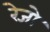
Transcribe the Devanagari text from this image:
रेजो